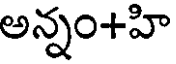
అన్నం+హి